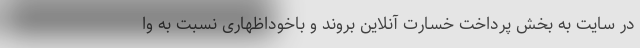
در سایت به بخش پرداخت خسارت آنلاین بروند و باخوداظهاری نسبت به وا